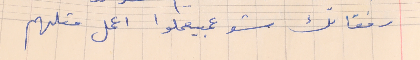
رفقاتك شو عمبيعملوا اعمل متلهم